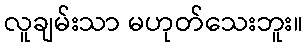
လူချမ်းသာ မဟုတ်သေးဘူး။